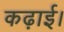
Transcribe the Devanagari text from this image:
कढ़ाई।